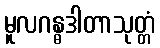
မူလဂန္ဓဒါတာသုတ္တံ